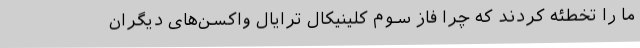
ما را تخطئه کردند که چرا فاز سوم کلینیکال ترایال واکسن‌های دیگران